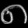
Digit: ၈